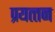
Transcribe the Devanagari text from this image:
प्रयत्त्न